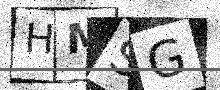
Text: HMSG